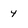
Character: 4